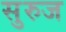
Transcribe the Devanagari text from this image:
सुरुज